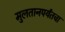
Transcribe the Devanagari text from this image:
मुलतानपर्यंतचा